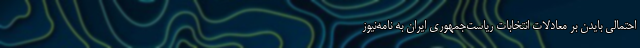
احتمالی بایدن بر معادلات انتخابات ریاست‌جمهوری ایران به نامه‌نیوز